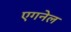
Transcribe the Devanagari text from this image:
एगनेल